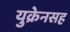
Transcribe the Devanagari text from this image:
युक्रेनसह